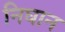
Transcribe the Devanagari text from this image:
निघान